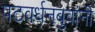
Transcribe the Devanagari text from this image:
पटवर्धनबुवांनी